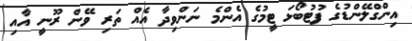
އިންގްލޭންޑުގެ ފުޓުބޯޅަ ޓީމުގެ އެންމެ ނަންވިދާ އެއް ތަރި ވޭން ރޫނީ އާއި